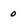
Character: 0